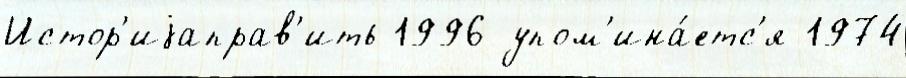
Истор'иjаправ'ить 1996 упом'ина́етс'я 1974